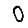
Digit: 0